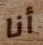
أنا